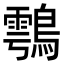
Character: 𪄮